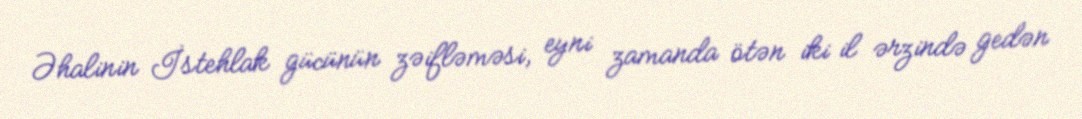
Əhalinin İstehlak gücünün zəifləməsi, eyni zamanda ötən iki il ərzində gedən